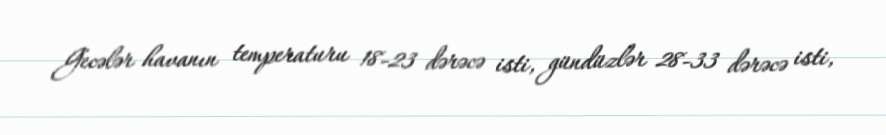
Gecələr havanın temperaturu 18-23 dərəcə isti, gündüzlər 28-33 dərəcə isti,